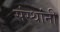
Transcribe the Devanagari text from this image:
संस्‍थांनी